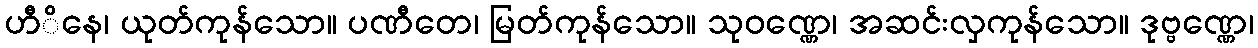
ဟီိနေ၊ ယုတ်ကုန်သော။ ပဏီတေ၊ မြတ်ကုန်သော။ သုဝဏ္ဏေ၊ အဆင်းလှကုန်သော။ ဒုဗ္ဗဏ္ဏေ၊